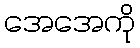
အေအေကို